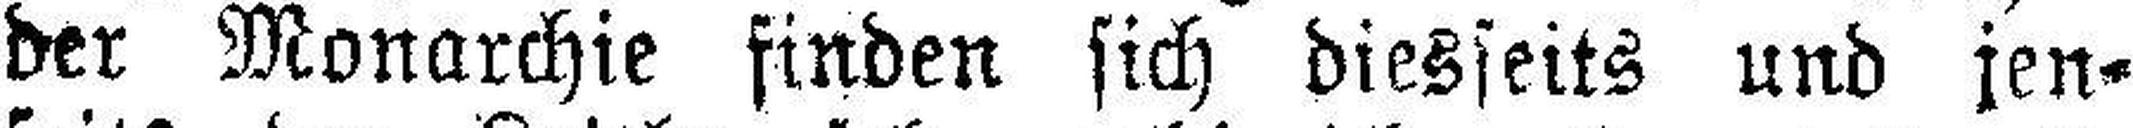
der Monarchie finden sich diesseits und jen¬